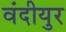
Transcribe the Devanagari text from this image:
वंदीयुर